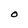
Character: O